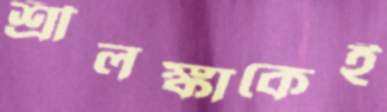
শ্রীলঙ্কাকেই